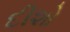
દીશો